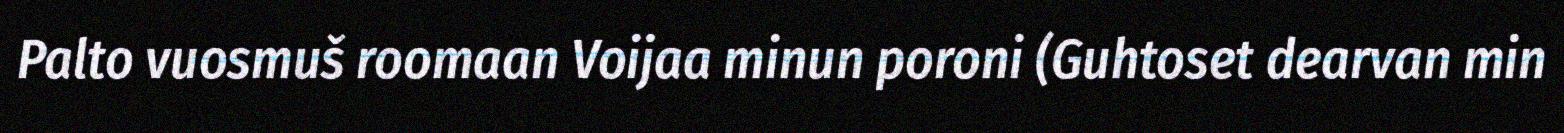
Palto vuosmuš roomaan Voijaa minun poroni (Guhtoset dearvan min